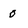
Character: O